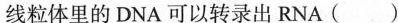
线粒体里的DNA可以转录出RNA（）